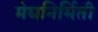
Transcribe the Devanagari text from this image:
मेघनिर्मिती